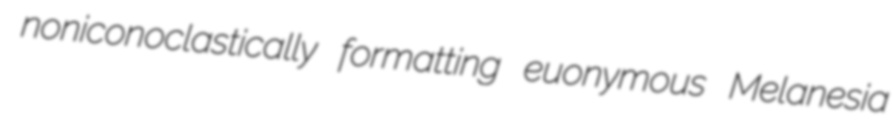
noniconoclastically formatting euonymous Melanesia